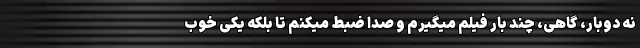
نه دوبار، گاهی، چند بار فیلم میگیرم و صدا ضبط میکنم تا بلکه یکی خوب